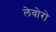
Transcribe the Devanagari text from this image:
लेवोरो